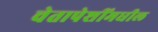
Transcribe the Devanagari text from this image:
चेतापेशींमधील